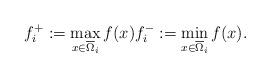
LaTeX: \begin{align*}f_i^+:=\max_{x\in\overline{\Omega}_i} f(x) f^{-}_{i}:=\min_{x\in\overline{\Omega}_i} f(x).\end{align*}